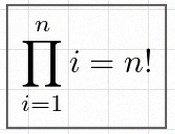
\prod_{i=1}^{n}i=n!